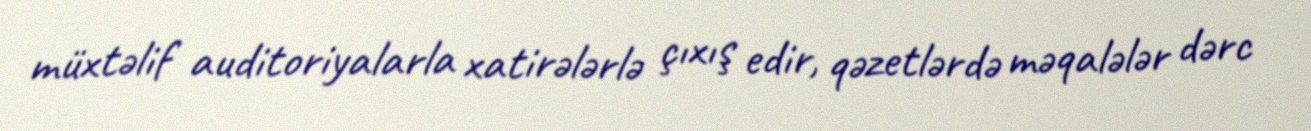
müxtəlif auditoriyalarla xatirələrlə çıxış edir, qəzetlərdə məqalələr dərc